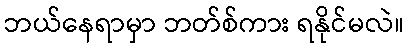
ဘယ်နေရာမှာ ဘတ်စ်ကား ရနိုင်မလဲ။